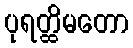
ပုရတ္ထိမတော